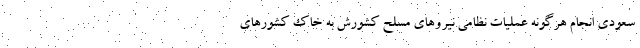
سعودی انجام هرگونه عملیات نظامی نیروهای مسلح کشورش به خاک کشورهای